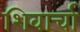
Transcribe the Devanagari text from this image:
शिवार्चा